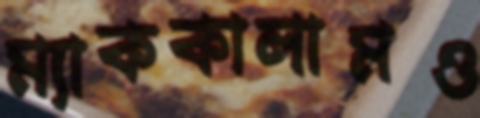
ম্যাককালামও